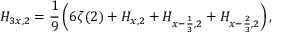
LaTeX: H _ { 3 x , 2 } = { \frac { 1 } { 9 } } \left( 6 \zeta ( 2 ) + H _ { x , 2 } + H _ { x - { \frac { 1 } { 3 } } , 2 } + H _ { x - { \frac { 2 } { 3 } } , 2 } \right) ,